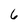
Character: 6